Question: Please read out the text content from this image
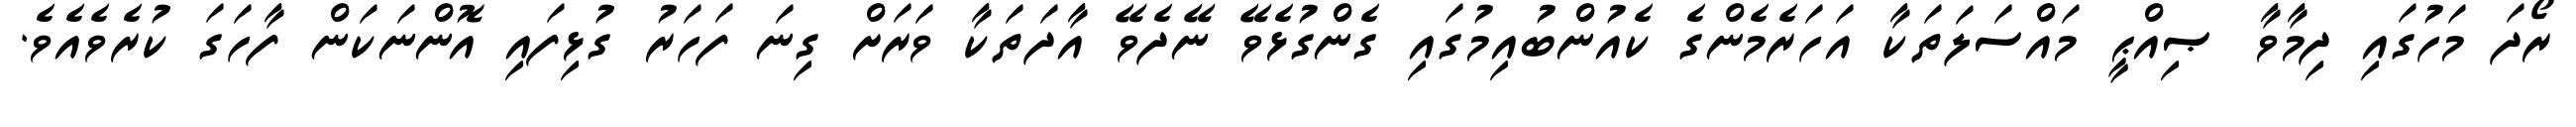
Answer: ރޯދަ މަހުގައި ދިމާވާ ޞިއްޙީ މައްސަލަތަކާ އަހަރެމެންގެ ކެއުންބުއިމުގައި ގެންގުޅެވޭ ނޭދެވޭ އާދަތަކާ ވަރަށް ގިނަ ފަހަރު ގުޅިފައި އޮންނަކަން ފާހަގަ ކުރެވެއެވެ.